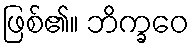
ဖြစ်၏။ ဘိက္ခဝေ